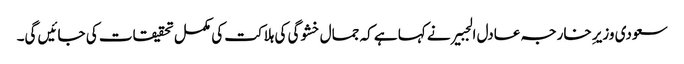
سعودی وزیرِ خارجہ عادل الجبیر نے کہا ہے کہ جمال خشوگی کی ہلاکت کی مکمل تحقیقات کی جائیں گی۔